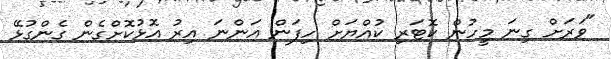
"ވަރަށް ގިނަ މީހުން ކޮޓަރި ކުއްޔަށް ހިފަން އަންނަ އިރު އޮޅުކޮށްގެން ގެންގުޅޭ